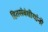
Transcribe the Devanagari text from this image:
हितसंबंधीयांनी